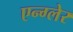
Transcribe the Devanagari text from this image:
एन्ग्लेर